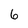
Character: 6